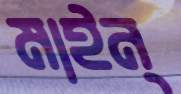
মাইন্‌